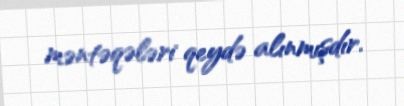
məntəqələri qeydə alınmışdır.